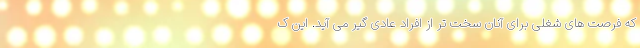
که فرصت های شغلی برای آنان سخت تر از افراد عادی گیر می آید. این ک